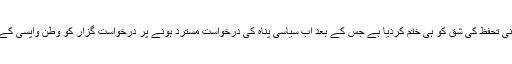
اطالوی حکومت نے انسانی ہمدردی کی بنیاد پر انسانی تحفظ کی شق کو ہی ختم کردیا ہے جس کے بعد اب سیاسی پناہ کی درخواست مسترد ہونے پر درخواست گزار کو وطن واپسی کے مراکزمنتقل کر کے انہیں ملک بدرکر دیا جائے گا۔